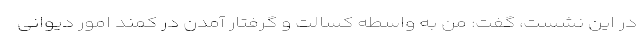
در این نشست، گفت: من به واسطه کسالت و گرفتار آمدن در کمند امور دیوانی